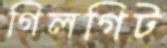
গিলগিট